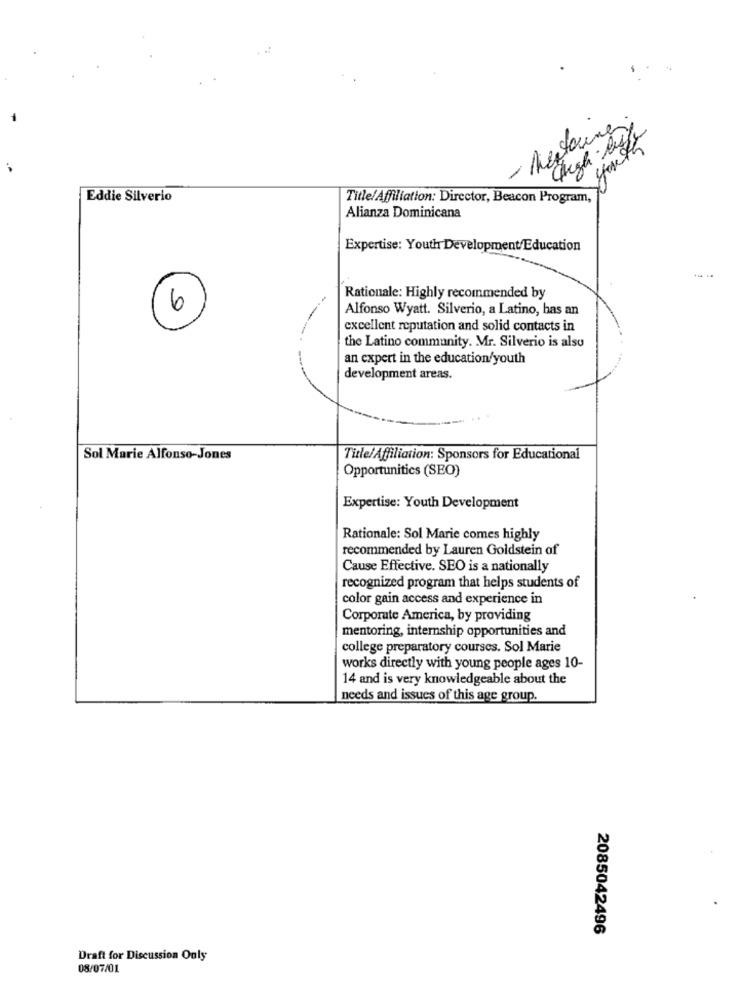
- Muitoung
high - Paste
Eddie Silverio
Title/Affiliation: Director, Beacon Program,
Alianza Dominicana
Expertise: Youth Development/Education
.
Rationale: Highly recommended by
Alfonso Wyatt. Silverio, a Latino, has an
6
excellent reputation and solid contacts in
the Latino community. Mr. Silverio is also
an expert in the education/youth
development areas.
Sol Marie Alfonso-Jones
Title/Affiliation: Sponsors for Educational
Opportunities (SEO)
Expertise: Youth Development
Rationale: Sol Marie comes highly
recommended by Lauren Goldstein of
Cause Effective. SEO is a nationally
recognized program that helps students of
color gain access and experience in
Corporate America, by providing
mentoring, internship opportunities and
college preparatory courses. Sol Marie
works directly with young people ages 10-
14 and is very knowledgeable about the
needs and issues of this age group.
2085042496
Draft for Discussion Ouly
08/07/01